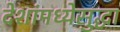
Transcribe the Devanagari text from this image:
देशांमध्येसुद्धा